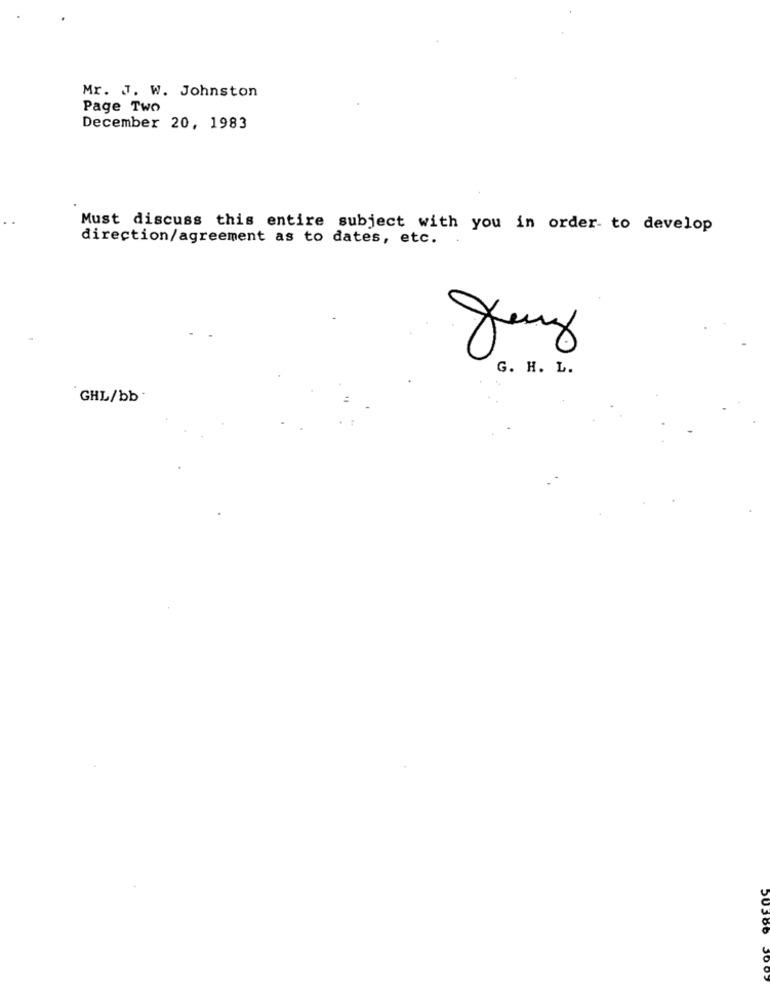
Mr. J. W. Johnston
Page Two
December 20, 1983
Must discuss this entire subject with you in order to develop
direction/agreement as to dates, etc.
G. H. L.
GHL/bb